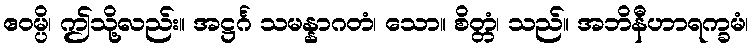
ဧဝမ္ပိ၊ ဤသို့လည်း။ အဋ္ဌင်္ဂ သမန္နာဂတံ၊ သော။ စိတ္တံ၊ သည်။ အဘိနီဟာရက္ခမံ၊